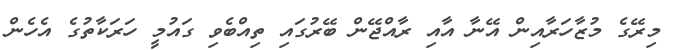
މިރޭގެ މުޒާހަރާއިން އޭނާ އާއި ރާއްޖޭން ބޭރުގައި ތިއްބެވި ގައުމީ ހަރަކާތުގެ އެހެން